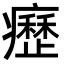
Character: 𤻤